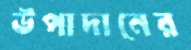
উপাদানের